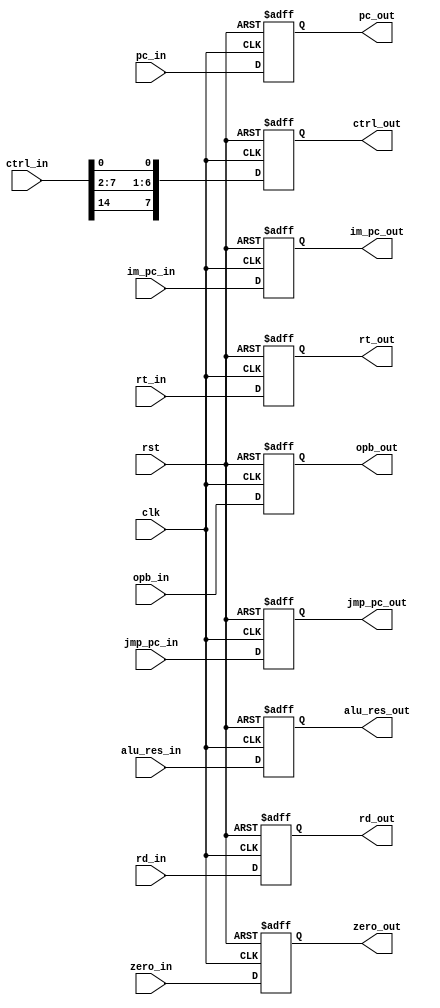
`timescale 1ns / 1ps
//////////////////////////////////////////////////////////////////////////////////
// Company: 
// Engineer: 
// 
// Design Name: 
// Module Name:    EX_MEM 
// Project Name: 
// Target Devices: 
// Tool versions: 
// Description: 
//
// Dependencies: 
//
// Revision: 
// Revision 0.01 - File Created
// Additional Comments: 
//
//////////////////////////////////////////////////////////////////////////////////
module EX_MEM(
input wire clk,
input wire rst,
input wire zero_in,
output wire zero_out,
input wire[31:0]pc_in,opb_in,alu_res_in,im_pc_in,jmp_pc_in,
input wire[4:0]rt_in,rd_in,
input wire[14:0]ctrl_in,
output wire[31:0]pc_out,opb_out,alu_res_out,im_pc_out,jmp_pc_out,
output wire[4:0]rt_out,rd_out,
output wire[7:0]ctrl_out
    );
	reg [31:0]pc,im_pc,jmp_pc,alu_res,opb;
	reg [7:0]ctrl;
	reg [4:0]rt,rd;
	reg zero;
	
	initial begin zero=0; ctrl=0; rt=0; rd=0; opb=0; alu_res=0; jmp_pc=0; im_pc=0; pc=32'hFFFFFFFF; end
	
	always @(posedge clk or posedge rst)begin
		if(rst)begin
			pc=32'hFFFFFFFF;
			im_pc=0;
			jmp_pc=0;
			alu_res=0;
			opb=0;
			ctrl=0;
			rt=0;
			rd=0;
			zero=0;
		end
		else begin
			pc=pc_in;
			im_pc=im_pc_in;
			jmp_pc=jmp_pc_in;
			alu_res=alu_res_in;
			opb=opb_in;
			ctrl={ctrl_in[14],ctrl_in[7:2],ctrl_in[0]};
			rt=rt_in;
			rd=rd_in;
			zero=zero_in;
		end
	end
	
	assign pc_out=pc;
	assign im_pc_out=im_pc;
	assign jmp_pc_out=jmp_pc;
	assign alu_res_out=alu_res;
	assign opb_out=opb;
	assign ctrl_out=ctrl;
	assign rt_out=rt;
	assign rd_out=rd;
	assign zero_out=zero;
endmodule